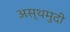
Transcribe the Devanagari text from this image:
अस्थमुदी